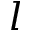
l